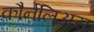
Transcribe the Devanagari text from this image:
कौर्नेलिअस